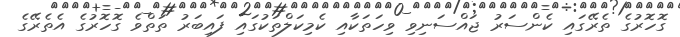
ގޮހޮރުގެ ތެރޭގައި ކެންސަރު ޖައްސަނިވި ވިހަތަކާއި ކެމިކަލްތަކުގައި ފައިބަރު ތަތްވެ ގޮހޮރުގެ އެތެރޭގެ